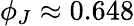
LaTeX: \phi_{J}\approx 0.648